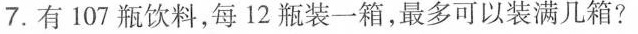
7.有107瓶饮料，每12瓶装一箱，最多可以装满几箱?